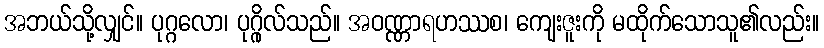
အဘယ်သို့လျှင်။ ပုဂ္ဂလော၊ ပုဂ္ဂိုလ်သည်။ အဝဏ္ဏာရဟဿစ၊ ကျေးဇူးကို မထိုက်သောသူ၏လည်း။